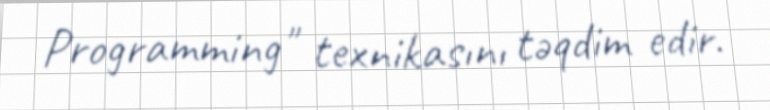
Programming" texnikasını təqdim edir.